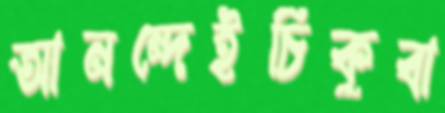
আনন্দেইচিকুবা